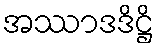
အဿာဒဒိဋ္ဌိ